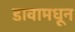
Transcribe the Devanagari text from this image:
डावामधून